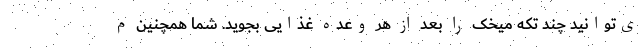
ی‌توانید چند تکه میخک را بعد از هر وعده غذایی بجوید. شما همچنین م